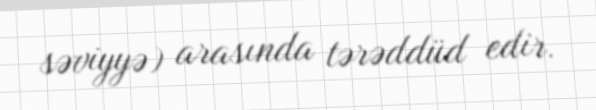
səviyyə) arasında tərəddüd edir.